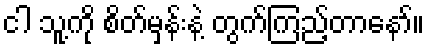
ငါ သူ့ကို စိတ်မှန်းနဲ့ တွက်ကြည့်တာနော်။